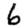
Digit: 6